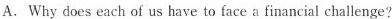
A. Why does each of us have to face a financial cha!lenge?